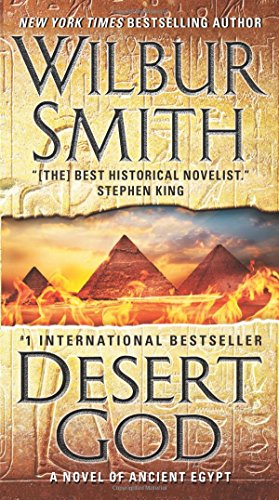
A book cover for Desert God: A Novel of Ancient Egypt; Wilbur Smith; Mystery, Thriller & Suspense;